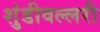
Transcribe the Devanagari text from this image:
शुंडीवल्लरी